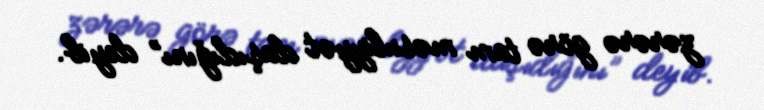
zərərə görə tam məsuliyyət daşıdığını” deyib.